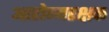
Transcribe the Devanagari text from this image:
आरोग्यरक्षक